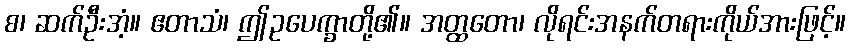
စ၊ ဆက်ဦးအံ့။ ဧတာသံ၊ ဤဥပေက္ခာတို့၏။ အတ္ထတော၊ လိုရင်းအနက်တရားကိုယ်အားဖြင့်။